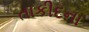
તાકીદના